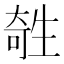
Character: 𤯱